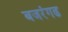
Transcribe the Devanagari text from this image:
बजरंगढ